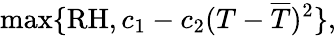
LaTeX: \operatorname*{max}\{ \mathrm{RH},c_{1}-c_{2}(T-\overline{{T}})^{2}\} ,